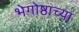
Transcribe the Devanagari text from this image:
भेगोष्ठाच्या